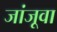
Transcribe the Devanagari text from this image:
जांजूवा